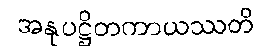
အနုပဋ္ဌိတကာယဿတိ